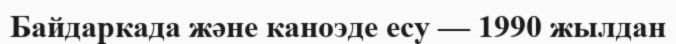
Байдаркада және каноэде есу — 1990 жылдан